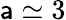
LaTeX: \mathsf{a}\simeq3